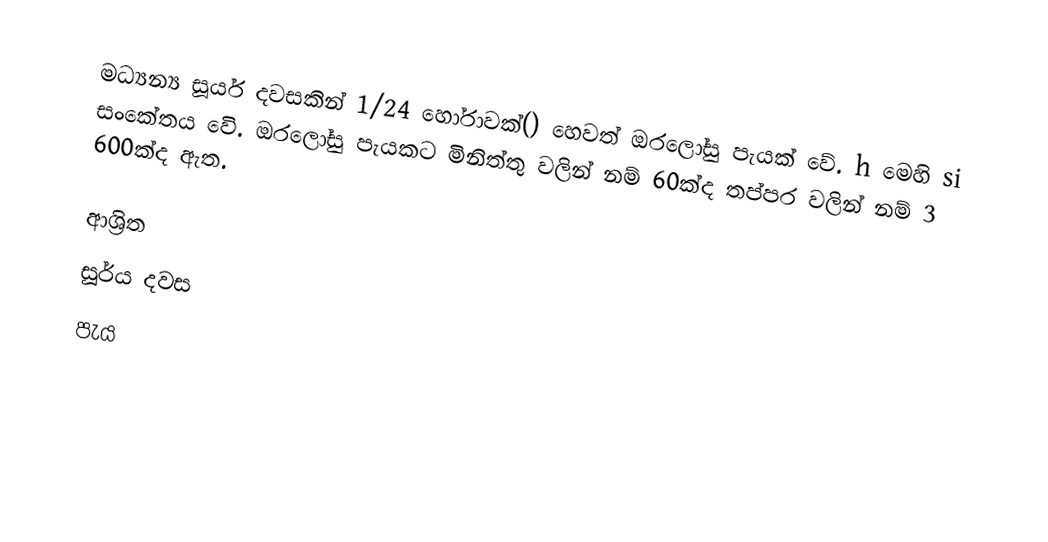
මධ්‍යන්‍ය සූර්ය දවසකින් 1/24 හෝරාවක්() හෙවත් ඔරලෝසු පැයක් වේ. h මෙහි si සංකේතය වෙි. ඔරලෝසු පැයකට මිනිත්තු වලින් නම් 60ක්ද තප්පර වලින් නම් 3 600ක්ද ඇත.

ආශ්‍රිත
 සූර්ය දවස
 පැය